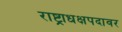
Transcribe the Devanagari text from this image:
राष्ट्राधक्षपदावर